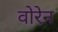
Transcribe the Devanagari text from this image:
वोरेन